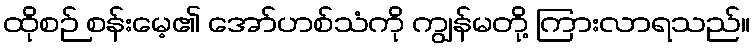
ထိုစဉ် စန်းမေ့၏ အော်ဟစ်သံကို ကျွန်မတို့ ကြားလာရသည်။